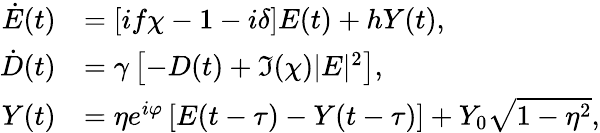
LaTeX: \begin{array}{rl}{\dot{E}(t)}&{=\left[if\chi-1-i\delta\right]E(t)+hY(t),}\\ {\dot{D}(t)}&{=\gamma\left[-D(t)+\Im(\chi)|E|^{2}\right],}\\ {Y(t)}&{=\eta e^{i\varphi}\left[E(t-\tau)-Y(t-\tau)\right]+Y_{0}\sqrt{1-\eta^{2}},}\end{array}